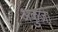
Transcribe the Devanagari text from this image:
अकुज़ा